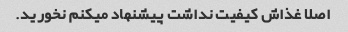
اصلا غذاش کیفیت نداشت پیشنهاد میکنم نخورید.